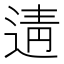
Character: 𨓽